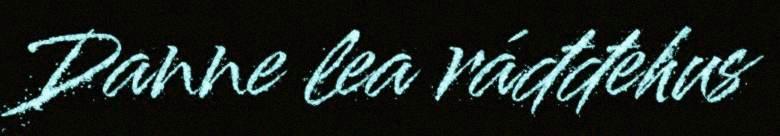
Danne lea ráđđehus